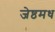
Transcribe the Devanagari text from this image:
जेष्ठमध